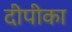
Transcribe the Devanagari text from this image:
दीपीका